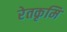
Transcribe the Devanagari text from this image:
रेतकृमि